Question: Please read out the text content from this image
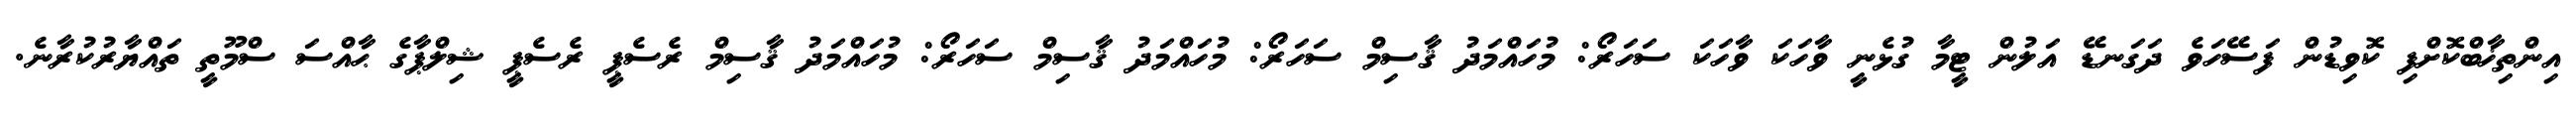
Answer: އިންތިޚާބްކޮށްފި ކޮވިޑުން ފަސޭހަވެ ދަގަނޑޭ އަލުން ޓީމާ ގުޅެނީ ވާހަކަ ވާހަކަ ސަހަރޯ: މުހައްމަދު ޤާސިމް ސަހަރޯ: މުހައްމަދު ޤާސިމް ސަހަރޯ: މުހައްމަދު ޤާސިމް ރެސެޕީ ރެސެޕީ ޝިލްޕާގެ ޙާއްސަ ސްމޫތީ ތައްޔާރުކުރާނެ.